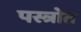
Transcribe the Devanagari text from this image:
पस्त्रोत